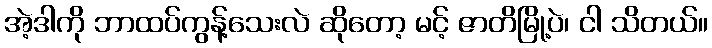
အဲ့ဒါကို ဘာထပ်ကွန့်သေးလဲ ဆိုတော့ မင့် ဇာတိမြို့ပဲ၊ ငါ သိတယ်။